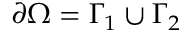
\partial \Omega = \Gamma _ { 1 } \cup \Gamma _ { 2 }